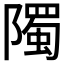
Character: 𮥦